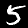
Digit: 5